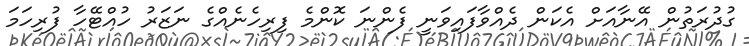
ގުދުރަތުން އޭނާއަށް އެކަން ދެއްވާފައިވަނީ ފެންނަ ކޮންމެ ފިރިހެނެއްގެ ނަޒަރު ހުއްޓޭހާ ފުރިހަމަ